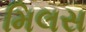
મિલસ